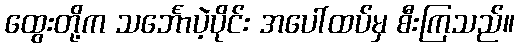
ထွေးတို့က သင်္ဘောပဲ့ပိုင်း အပေါ်ထပ်မှ စီးကြသည်။